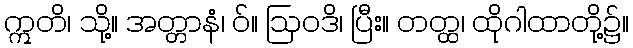
ဣတိ၊ သို့။ အတ္တာနံ၊ ဝ်။ ဩဝဒိ၊ ပြီး။ တတ္ထ၊ ထိုဂါထာတို့၌။